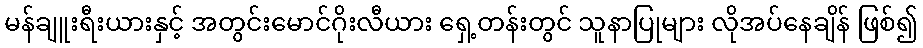
မန်ချူးရီးယားနှင့် အတွင်းမောင်ဂိုးလီယား ရှေ့တန်းတွင် သူနာပြုများ လိုအပ်နေချိန် ဖြစ်၍